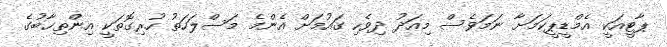
ޕާޓީއަކީ އެމްޑީޕީކަމަށާ ނަމަވެސް މިއަދު ދިވެހި ގައުމަށް އެންމެ މަސްލަހަތު ހުރިގޮތަކީ އިންތިޚާބުގެ